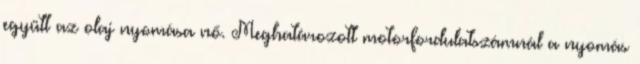
együtt az olaj nyomása nő. Meghatározott motorfordulatszámnál a nyomás